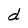
Character: d